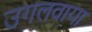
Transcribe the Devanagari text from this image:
उगलवाया